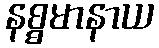
နစ္စမာနာယ